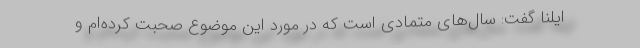
ایلنا گفت: سال‌های متمادی است که در مورد این موضوع صحبت کرده‌ام و